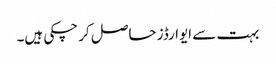
بہت سے ایوارڈز حاصل کر چکی ہیں۔